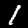
Label: 1